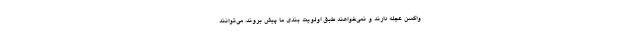
واکسن عجله دارند و نمی‌خواهند طبق اولویت بندی ما پیش بروند، می‌توانند